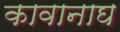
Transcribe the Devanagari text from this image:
कावानाघ